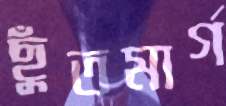
ছুঁতমার্গ